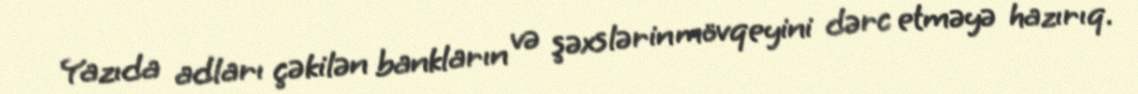
Yazıda adları çəkilən bankların və şəxslərin mövqeyini dərc etməyə hazırıq.